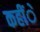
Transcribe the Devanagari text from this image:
कहींे